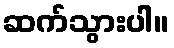
ဆက်သွားပါ။